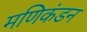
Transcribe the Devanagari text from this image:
मणिकंडन